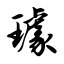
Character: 璩